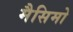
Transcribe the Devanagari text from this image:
मैसिमो